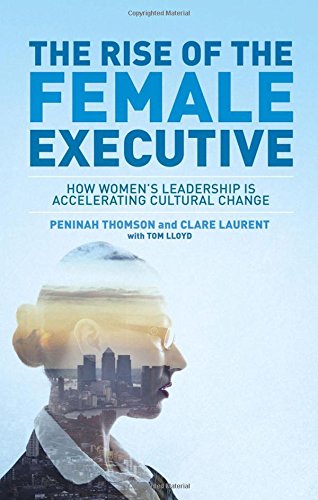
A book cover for The Rise of the Female Executive: How Women's Leadership is Accelerating Cultural Change; Peninah Thomson; Business & Money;